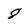
Character: 8